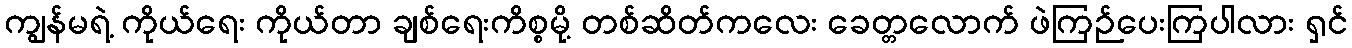
ကျွန်မရဲ့ ကိုယ်ရေး ကိုယ်တာ ချစ်ရေးကိစ္စမို့ တစ်ဆိတ်ကလေး ခေတ္တလောက် ဖဲကြဉ်ပေးကြပါလား ရှင်